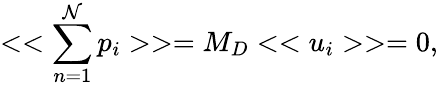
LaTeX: <<\sum_{n=1}^{\mathcal{N}}p_{i}>>=M_{D}<<u_{i}>>=0,